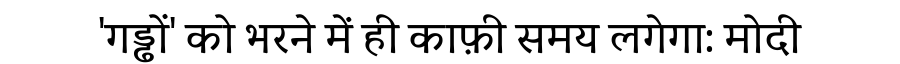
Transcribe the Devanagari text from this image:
'गड्ढों' को भरने में ही काफ़ी समय लगेगा: मोदी